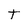
Character: t